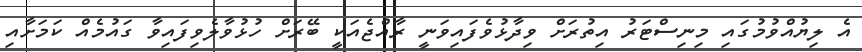
އެ ލިޔުއްވުމުގައި މިނިސްޓަރު އިތުރަށް ވިދާޅުވެފައިވަނީ ރާއްޖެއަކީ ބޭރަށް ހުޅުވާލެވިފައިވާ ގައުމެއް ކަމަށާއި